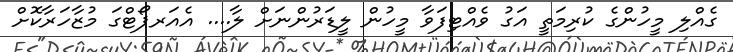
ގެއްލި މީހުންގެ ކުރިމަތީ އަގު ވެއްޓިފަވާ މީހުން ލީޑަރުންނަށް ލާ.... އެއަރޕޯޓްގަ މުޒާހަރާކޮށް